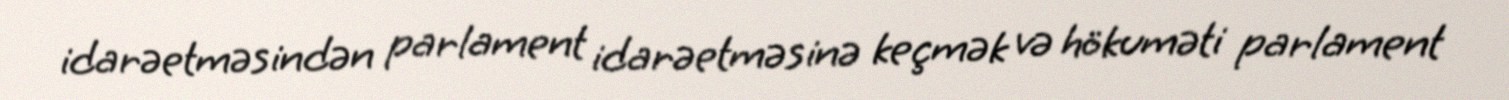
idarəetməsindən parlament idarəetməsinə keçmək və hökuməti parlament